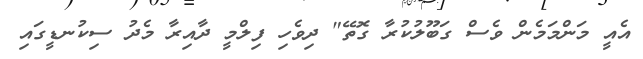
އެއީ މަންމަމެން ވެސް ގަބޫލުކުރާ ގޮތޭ" ދިވެހި ފިލްމީ ދާއިރާ މެދު ސިކުނޑީގައި